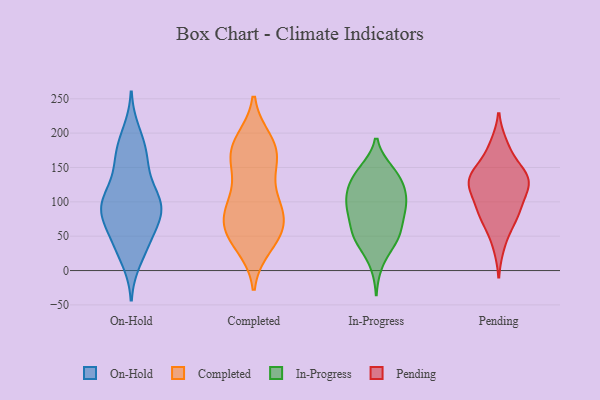
{"axis": {"x": "Website Visitors", "y": "Value"}, "legend": ["Completed", "In-Progress", "On-Hold", "Pending"], "data": [{"x": "", "y": 167, "type": "On-Hold"}, {"x": "", "y": 146, "type": "On-Hold"}, {"x": "", "y": 36, "type": "On-Hold"}, {"x": "", "y": 174, "type": "On-Hold"}, {"x": "", "y": 91, "type": "On-Hold"}, {"x": "", "y": 92, "type": "On-Hold"}, {"x": "", "y": 95, "type": "On-Hold"}, {"x": "", "y": 101, "type": "On-Hold"}, {"x": "", "y": 94, "type": "On-Hold"}, {"x": "", "y": 17, "type": "On-Hold"}, {"x": "", "y": 40, "type": "On-Hold"}, {"x": "", "y": 143, "type": "On-Hold"}, {"x": "", "y": 80, "type": "On-Hold"}, {"x": "", "y": 76, "type": "On-Hold"}, {"x": "", "y": 67, "type": "On-Hold"}, {"x": "", "y": 200, "type": "On-Hold"}, {"x": "", "y": 38, "type": "On-Hold"}, {"x": "", "y": 182, "type": "On-Hold"}, {"x": "", "y": 101, "type": "On-Hold"}, {"x": "", "y": 108, "type": "On-Hold"}, {"x": "", "y": 147, "type": "Completed"}, {"x": "", "y": 46, "type": "Completed"}, {"x": "", "y": 184, "type": "Completed"}, {"x": "", "y": 65, "type": "Completed"}, {"x": "", "y": 153, "type": "Completed"}, {"x": "", "y": 60, "type": "Completed"}, {"x": "", "y": 178, "type": "Completed"}, {"x": "", "y": 115, "type": "Completed"}, {"x": "", "y": 189, "type": "Completed"}, {"x": "", "y": 86, "type": "Completed"}, {"x": "", "y": 92, "type": "Completed"}, {"x": "", "y": 170, "type": "Completed"}, {"x": "", "y": 47, "type": "Completed"}, {"x": "", "y": 174, "type": "Completed"}, {"x": "", "y": 63, "type": "Completed"}, {"x": "", "y": 88, "type": "Completed"}, {"x": "", "y": 36, "type": "Completed"}, {"x": "", "y": 93, "type": "Completed"}, {"x": "", "y": 92, "type": "In-Progress"}, {"x": "", "y": 42, "type": "In-Progress"}, {"x": "", "y": 95, "type": "In-Progress"}, {"x": "", "y": 92, "type": "In-Progress"}, {"x": "", "y": 143, "type": "In-Progress"}, {"x": "", "y": 112, "type": "In-Progress"}, {"x": "", "y": 146, "type": "In-Progress"}, {"x": "", "y": 82, "type": "In-Progress"}, {"x": "", "y": 49, "type": "In-Progress"}, {"x": "", "y": 146, "type": "In-Progress"}, {"x": "", "y": 69, "type": "In-Progress"}, {"x": "", "y": 109, "type": "In-Progress"}, {"x": "", "y": 10, "type": "In-Progress"}, {"x": "", "y": 46, "type": "In-Progress"}, {"x": "", "y": 120, "type": "In-Progress"}, {"x": "", "y": 48, "type": "In-Progress"}, {"x": "", "y": 89, "type": "In-Progress"}, {"x": "", "y": 124, "type": "In-Progress"}, {"x": "", "y": 54, "type": "In-Progress"}, {"x": "", "y": 130, "type": "In-Progress"}, {"x": "", "y": 36, "type": "Pending"}, {"x": "", "y": 90, "type": "Pending"}, {"x": "", "y": 133, "type": "Pending"}, {"x": "", "y": 176, "type": "Pending"}, {"x": "", "y": 142, "type": "Pending"}, {"x": "", "y": 133, "type": "Pending"}, {"x": "", "y": 83, "type": "Pending"}, {"x": "", "y": 138, "type": "Pending"}, {"x": "", "y": 135, "type": "Pending"}, {"x": "", "y": 101, "type": "Pending"}, {"x": "", "y": 116, "type": "Pending"}, {"x": "", "y": 71, "type": "Pending"}, {"x": "", "y": 183, "type": "Pending"}, {"x": "", "y": 115, "type": "Pending"}, {"x": "", "y": 72, "type": "Pending"}, {"x": "", "y": 137, "type": "Pending"}]}